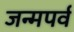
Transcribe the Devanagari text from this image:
जन्मपर्व